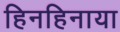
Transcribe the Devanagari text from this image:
हिनहिनाया